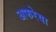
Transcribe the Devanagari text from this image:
अफरेया